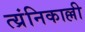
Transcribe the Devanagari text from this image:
त्य्रंनिकाल्ली